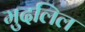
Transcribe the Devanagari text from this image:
मुदलिल